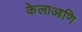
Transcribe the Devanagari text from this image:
केलाआणि